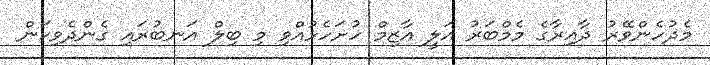
މެދުހެންވޭރު ދާއިރާގެ މެމްބަރު އަލީ އާޒިމް ހުށަހެޅުއްވި މި ބިލް އަނބުރައި ގެންދެވިކަން